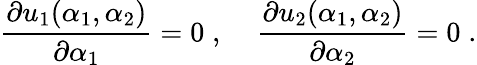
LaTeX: \frac{\partial u_{1}(\alpha_{1},\alpha_{2})}{\partial\alpha_{1}}=0\; ,\; \; \; \; \frac{\partial u_{2}(\alpha_{1},\alpha_{2})}{\partial\alpha_{2}}=0\; .